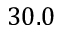
3 0 . 0